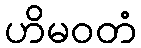
ဟိမဝတံ